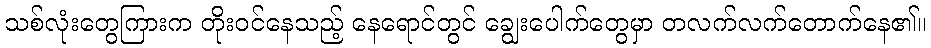
သစ်လုံးတွေကြားက တိုးဝင်နေသည့် နေရောင်တွင် ချွေးပေါက်တွေမှာ တလက်လက်တောက်နေ၏။